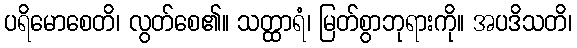
ပရိမောစေတိ၊ လွတ်စေ၏။ သတ္ထာရံ၊ မြတ်စွာဘုရားကို။ အပဒိသတိ၊